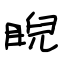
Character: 睨